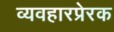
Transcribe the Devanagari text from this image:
व्यवहारप्रेरक